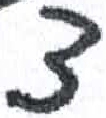
אות: צ